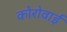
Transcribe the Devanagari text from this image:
कोरोवाई